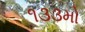
૧૩૩મો